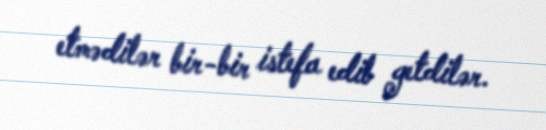
etmədilər bir-bir istefa edib getdilər.